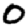
Digit: 0